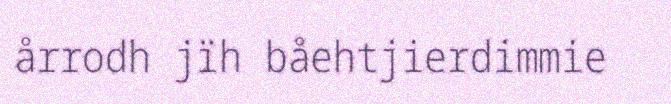
årrodh jïh båehtjierdimmie